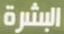
البشرة